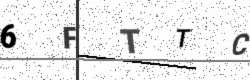
Text: 6FTTC